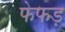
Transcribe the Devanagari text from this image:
फेफड़